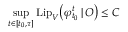
\operatorname* { s u p } _ { t \in [ t _ { 0 } , \tau ] } \mathrm { L i p } _ { V } \big ( \varphi _ { t _ { 0 } } ^ { t } \, | \, O \big ) \leq C